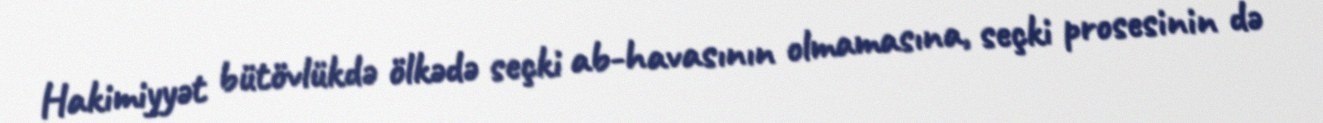
Hakimiyyət bütövlükdə ölkədə seçki ab-havasının olmamasına, seçki prosesinin də